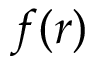
f ( r )